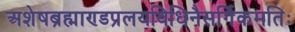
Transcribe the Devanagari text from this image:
अशेषब्रह्माण्डप्रलयविधिनैसर्गिकमतिः